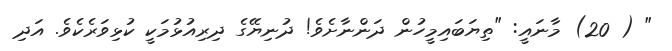
" ( 20) މާނައީ: "ތިޔަބައިމީހުން ދަންނާށެވެ! ދުނިޔޭގެ ދިރިއުޅުމަކީ ކުޅިވަރެކެވެ. އަދި